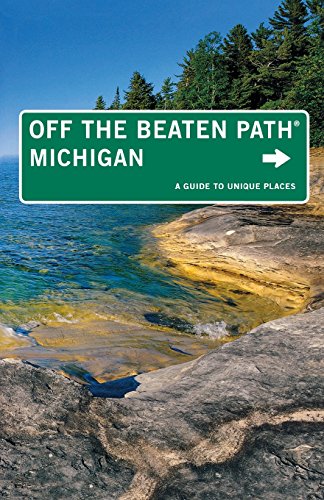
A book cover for Michigan Off the Beaten PathÂ®: A Guide To Unique Places (Off the Beaten Path Series); Jim Dufresne; Travel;